Document type: Sale
Year: 1440
Scribe: Pere Pau Pujades
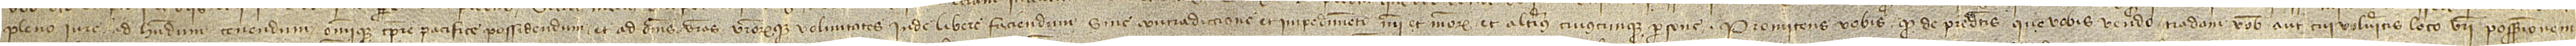
pleno iure, ad habendum, tenendum omnique tempore pacifice possidendum et ad omnes vestras vestrorumque voluntates inde libere faciendum, sine contradiccione et impedimento mei et meorum et alterius cuiuscumque persone. Promitens vobis quod de predictis que vobis vendo tradam vobis aut cui volueritis loco vestri possessionem